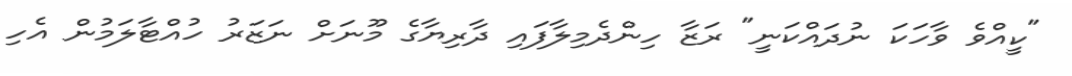
"ކީއްވެ ވާހަކަ ނުދައްކަނީ" ރަޒާ ހިންދެމިލާފައި ދާރިޔާގެ މޫނަށް ނަޒަރު ހުއްޓާލަމުން އެހި